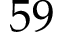
5 9